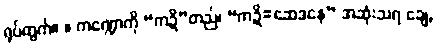
ရုပ်တွက်။ ။ ကဏ္ဍောကို “ကဍိ”တည်၊ “ကဍိ=ဆေဒနေ” အဆုံးသရ ချေ,